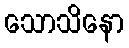
သောသိနော